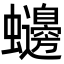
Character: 𮕙